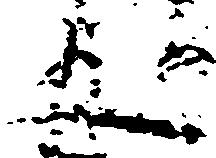
五